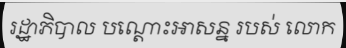
រដ្ឋាភិបាល បណ្តោះអាសន្ន របស់ លោក